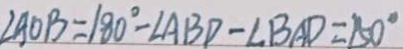
\angle A O B = 1 8 0 ^ { \circ } - \angle A B D - \angle B A D = 1 5 0 ^ { \circ }